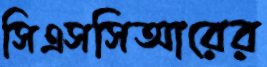
সিএসসিআরের